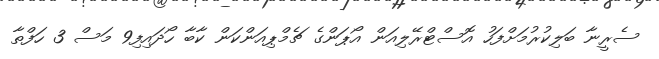
ސެރީނާ ބަލިކުރުމަށްފަހު އޮސްޓްރޭލިއަން އޯޕަންގެ ޗެމްޕިއަންކަން ކާބާ ހޯދައިފި9 މަސް 3 ހަފްތާ